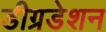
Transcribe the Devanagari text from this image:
डीग्रडेशन